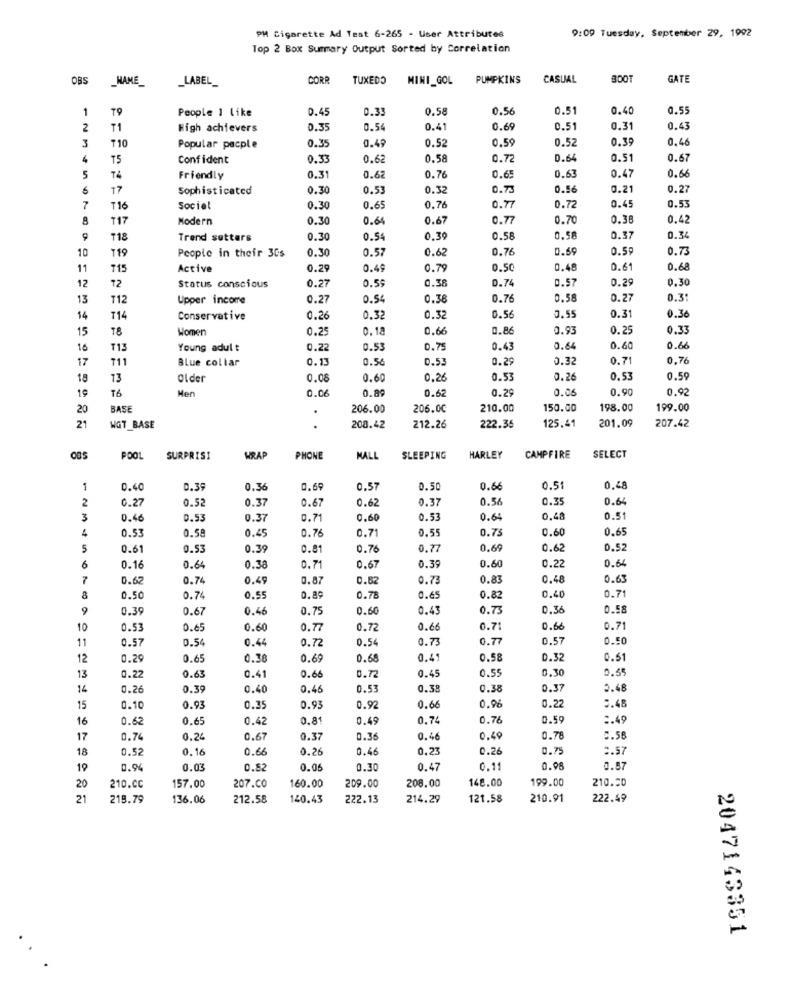
9:09 Tuesday, September 29, 1992
PM Cigarette Ad Test 6-265 - User Attributes
Top 2 Box Summary Output Sorted by Correlation
OBS
_NAME_
_LABEL
CORR
TUXEDO
MINI_GOL
PUMPKINS
CASUAL
800
GATE
1
TO
People 1 like
0.45
0.3
0.58
0.5
0.51
0.40
0.55
2
T1
High achievers
0.35
0.54
0.41
0.69
0.51
0.31
0.43
3
₸10
0.35
0.49
0.52
0.5
0.52
0.35
0.46
Popular pacple
75
Confident
0.33
0.62
0.58
0.7
0.6
0.51
0.67
5
74
Friendly
0.31
0.62
0.76
0.6
0.63
0.47
0.66
17
Sophisticated
0.30
0.53
0.32
0.7
0.56
0.21
0.27
7
T16
Social
0.30
0.65
0.76
0.7
0.72
0.4
0.53
117
Modern
0.30
0.64
0.67
0.77
0.7
0.38
0.42
718
Trend setters
0.30
0.54
0.39
0.58
0.5
0.37
0.34
10
0.30
0.57
0.62
0.76
0.5
0.59
0.73
T19
People in their 30s
11
115
Active
0.29
0.49
0.79
0.50
0.4
0.61
0.68
12
12
0.27
0.59
0.38
0.74
0.5
0.29
0.30
Status conscious
13
T12
Upper income
0.27
0.54
0.38
0.76
0.58
0.27
0.31
14
T14
Conservative
0.26
0.32
0.32
0.56
3.55
0.31
0.36
15
78
Women
0.2
0.18
0.66
0.86
0.93
0.25
0.33
16
T13
Young adult
0.22
0.53
0.75
0.43
0.64
0.60
0.66
17
711
Blue collar
0.13
0.56
0.53
0.29
0.32
0.71
1.76
18
13
Older
0.08
0.60
0,26
0.53
0.26
0.53
0.59
19
T6
Men
0.0
0.89
0.62
0.29
0.06
0.90
0.92
20
BASE
206.00
206.00
210.00
150.00
198.00
199.00
125.41
201.09
21
WGT_BASE
.
208.42
212.26
222.35
207.42
POOL
SURPRISI
WRAP
PHONE
MALL
SLEEPING
HARLEY
CAMPFIRE
SELECT
1
0.40
0.39
0.36
0.69
0.57
0.50
0.6
0.5
0,48
2
0.27
0.52
0.37
0.67
0.62
0.37
0.58
0.35
0.64
3
0.4
0.53
0.37
0.71
0,60
0.53
0.64
0.48
0.51
0.53
0.58
0.45
0.71
0.55
0.75
0.60
0.65
0.76
5
0.61
0.53
0.39
0.81
0.76
0.77
0.69
0.62
0.52
6
0.64
0.16
0.64
0.38
2.71
0.67
0.39
0.60
0.2
7
0.62
0.74
0.49
0.87
0.82
0.73
0.83
0.48
0.63
0.50
0.7
0.55
0.89
0.78
0.65
0.82
0.40
0.71
9
0.39
0.67
0.4
0.75
0.60
0.43
0.73
0.3
0.58
10
0.5
o.e5
0.60
0.77
0.72
0.66
0.7
0.66
0.7
11
0.57
0.54
0.4
0.72
0.54
0.73
0.7
0.5
0.50
12
0.29
0.65
0.3
0.69
0.68
0.4
0.58
0.3
0.51
13
0.3
0.55
0.22
0.63
0.41
0.66
0.72
0.45
0.55
14
0.26
0.39
0.40
0.46
0.53
0.38
0.38
0.37
0.48
15
0.10
0.93
0.3
0.93
0.92
0.66
0.9
0.22
0.4
16
0.62
0.65
0.4
0.81
0.4
0.74
0.78
0.59
:. 49
17
0.7
0.24
0.67
0.37
0.3
0.46
0.4
0.78
0.58
18
0.5:
0.16
0.60
0.26
0.4
0.23
0.26
0.7
2.57
19
0.9
0.03
0.82
0.05
0.3
0.47
0.11
0.98
0.57
209.00
208.00
148.00
199.00
210.50
20
210.CC
157.00
207.00
160.00
21
219.79
136.06
212.58
140.43
222.13
214.29
121.58
210.91
222.49
2047143351